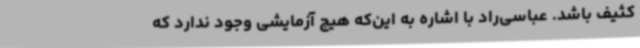
کثیف باشد. عباسی‌راد با اشاره به این‌که هیچ آزمایشی وجود ندارد که